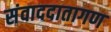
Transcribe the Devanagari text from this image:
संवाददातागण